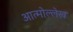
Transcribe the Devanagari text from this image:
आत्मोल्लेख